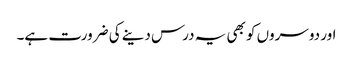
اور دوسروں کو بھی یہ درس دینے کی ضرورت ہے۔